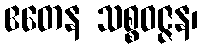
ဧတေန သစ္စဝဇ္ဇန၊